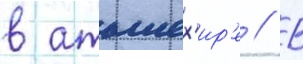
в аташех'ир'е // В